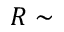
R \sim